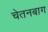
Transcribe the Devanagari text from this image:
चेतनबाग